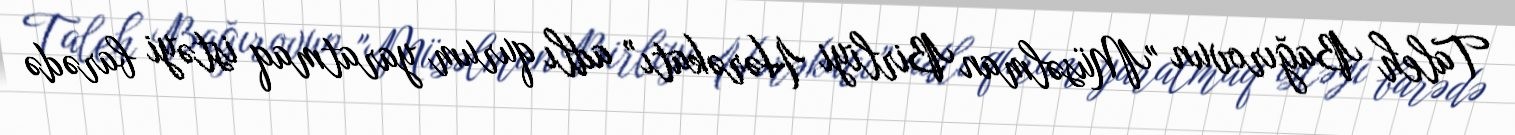
Taleh Bağırovun "Müsəlman Birliyi Hərəkatı” adlı qurum yaratmaq istəyi barədə